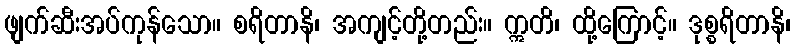
ဖျက်ဆီးအပ်ကုန်သော။ စရိတာနိ၊ အကျင့်တို့တည်း။ ဣတိ၊ ထို့ကြောင့်။ ဒုစ္စရိတာနိ၊